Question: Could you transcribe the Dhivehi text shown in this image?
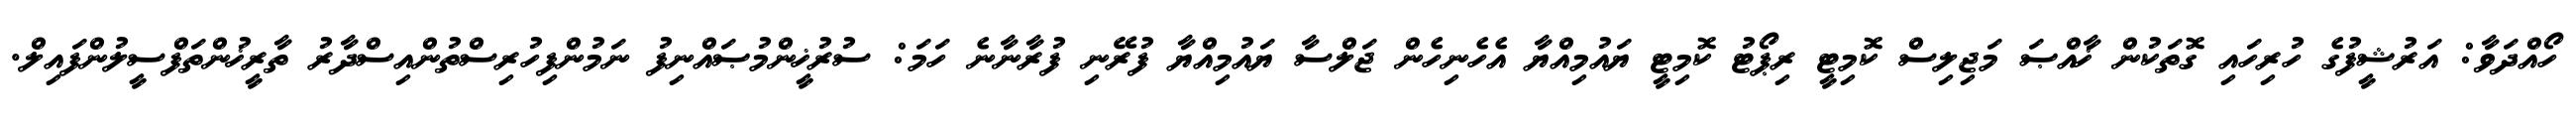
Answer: ހޯއްދަވާ: އަރުޝީފުގެ ހުރިހައި ގޮތަކުން ޚާއްޞަ މަޖިލިސް ކޮމިޓީ ރިޕޯޓު ކޮމިޓީ ޔައުމިއްޔާ އެހެނިހެން ޖަލްސާ ޔައުމިއްޔާ ފުރޭނި ފުރާނާނެ ހަމަ: ސުރުޚީންމުޞައްނިފު ނަމުންފިހުރިސްތުންއިސްދާރު ތާރީޚުންތަފްސީލުންފައިލް.